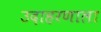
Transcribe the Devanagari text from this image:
उदाहरणाला